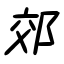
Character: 郊